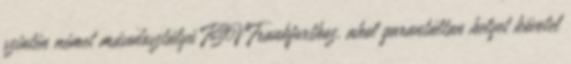
szintén német másodosztályú FSV Frankfurthoz, ahol garantáltan helyet követel